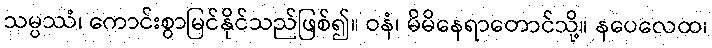
သမ္ပဿံ၊ ကောင်းစွာမြင်နိုင်သည်ဖြစ်၍။ ဝနံ၊ မိမိနေရာတောင်သို့။ နပေလေထ၊